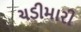
ચડીમારી